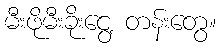
မီးဖိုမီးခိုးငွေ့ တန်းတွေ။